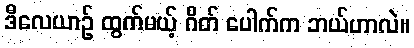
ဒီလေယာဉ် ထွက်မယ့် ဂိတ် ပေါက်က ဘယ်ဟာလဲ။